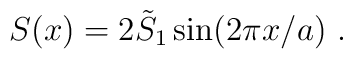
S(x)=2 \tilde{S}_1 \sin(2 \pi x/a) \ .